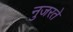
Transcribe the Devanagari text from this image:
नुजरते